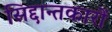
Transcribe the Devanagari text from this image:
सिद्दान्तकारों